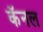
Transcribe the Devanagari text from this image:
कॅनल